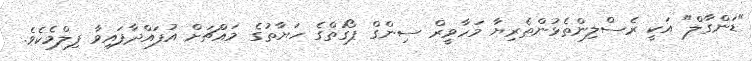
"ޑަންގާލް" އަކީ ރެސްލިންތެޅުންތެރިޔާ މަހާވީރް ސިންގް ޕޯގަތްގެ ހަޔާތުގެ މައްޗަށް އުފައްދާފައިވާ ފިލްމެކެވެ.